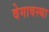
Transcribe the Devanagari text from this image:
वेगावस्था